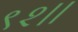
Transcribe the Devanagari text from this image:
९२।।